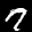
Label: 7